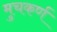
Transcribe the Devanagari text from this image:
मुचकर्ण